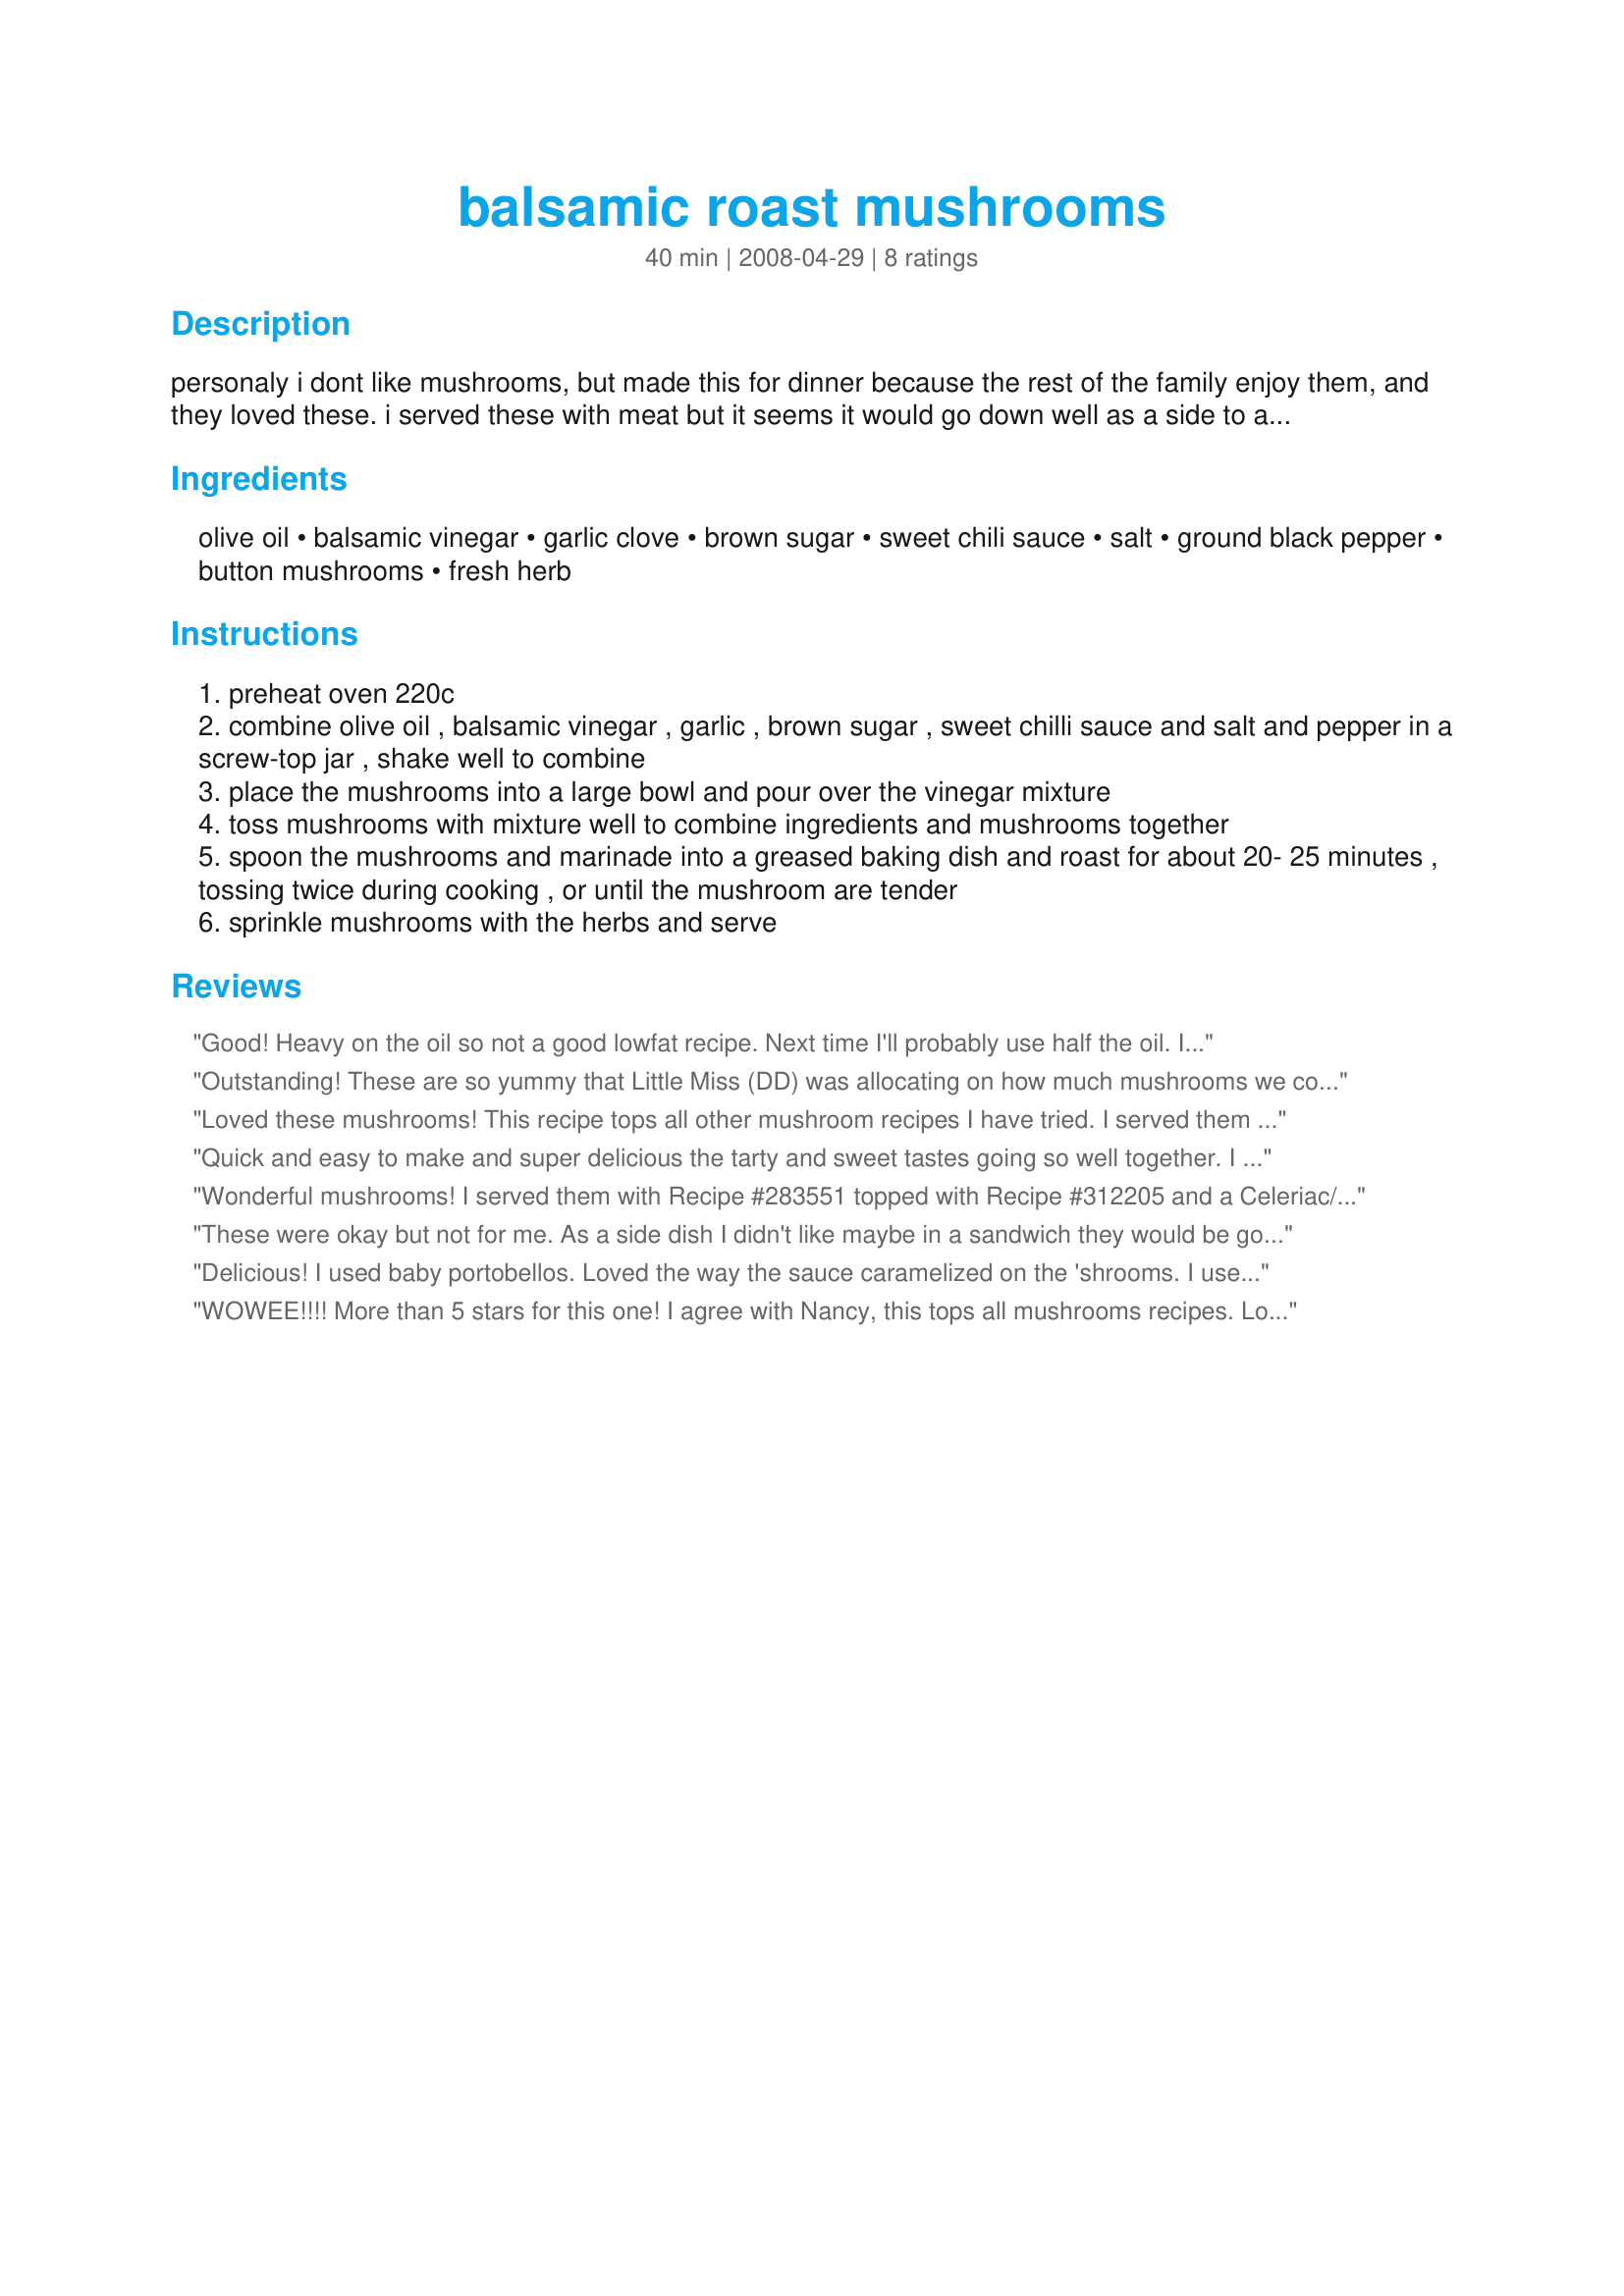
balsamic roast mushrooms
Preparation time: 40 minutes

personaly i dont like mushrooms, but made this for dinner because the rest of the family enjoy them, and they loved these. i served these with meat but it seems it would go down well as a side to anything.....or just on its own for vegetarians.
served as a dish this recipe would serve 4 or as a main it would serve 2.

Ingredients:
olive oil, balsamic vinegar, garlic clove, brown sugar, sweet chili sauce, salt, ground black pepper, button mushrooms, fresh herb

Steps:
preheat oven 220c
combine olive oil , balsamic vinegar , garlic , brown sugar , sweet chilli sauce and salt and pepper in a screw-top jar , shake well to combine
place the mushrooms into a large bowl and pour over the vinegar mixture
toss mushrooms with mixture well to combine ingredients and mushrooms together
spoon the mushrooms and marinade into a greased baking dish and roast for about 20- 25 minutes , tossing twice during cooking , or until the mushroom are tender
sprinkle mushrooms with the herbs and serve

Reviews:
Good! Heavy on the oil so not a good lowfat recipe. Next time I'll probably use half the oil. I had Thai sweet chili sauce on hand, plus fresh Thai basil for the herb. Excellent flavor! Author needs to clean up the mixed english/metric and go with one or the other.
Outstanding! These are so yummy that Little Miss (DD) was allocating on how much mushrooms we could eat (Of course she had to have more). We all inhaled these and it was so quick to prepare (took me less then 5 minutes). Thank you Tisme for a wonderful recipe.
Loved these mushrooms! This recipe tops all other mushroom recipes I have tried. I served them along with pork chops; however, they would be equally good with a steak or roast chicken. I will definitely be making this dish again and again!!!!! Made for the AUS/NZ recipe tag.
Quick and easy to make and super delicious the tarty and sweet tastes going so well together. I served as a light lunch with some toasted wholegrain bread. The DM and I thoroughly enjoyed. I roasted them in the oven at 200C fan forced for 20 minutes. Thank you Tisme for a great recipe, made for Edition 7 - Make My Recipe.
Wonderful mushrooms! I served them with Recipe #283551 topped with Recipe #312205 and a Celeriac/Potato Mash. Delicous! [Made for the I Recommend Tag game]
These were okay but not for me. As a side dish I didn't like maybe in a sandwich they would be good. Made for Chef Alphabet Soup.
Delicious! I used baby portobellos. Loved the way the sauce caramelized on the 'shrooms. I used Italian parsley and chives. I also minced the clove of garlic instead of crushing it, so the flavor would "spread out" through the dish. My only regret is that I didn't double the recipe :)
WOWEE!!!! More than 5 stars for this one! I agree with Nancy, this tops all mushrooms recipes. Loved the carmelization and the taste of the sauce. I minced 3 garlic cloves and only 1 tsp brown sugar. Will make this one ALOT!!
